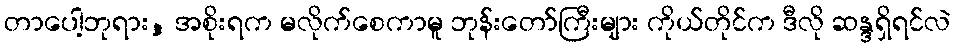
တာပေါ့ဘုရား, အစိုးရက မလိုက်စေကာမူ ဘုန်းတော်ကြီးများ ကိုယ်တိုင်က ဒီလို ဆန္ဒရှိရင်လဲ